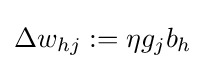
\Delta w_{hj}:=\eta g_{j}b_{h}